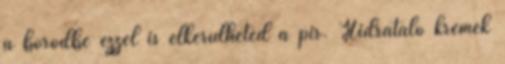
a bőrödbe ezzel is elkerülheted a pír. Hidratáló krémek